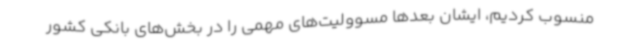
منسوب کردیم، ایشان بعدها مسوولیت‌های مهمی را در بخش‌های بانکی کشور